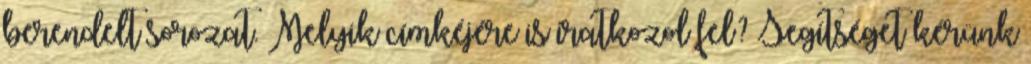
berendelt sorozat. Melyik címkéjére is iratkozol fel? Segítséget kérünk